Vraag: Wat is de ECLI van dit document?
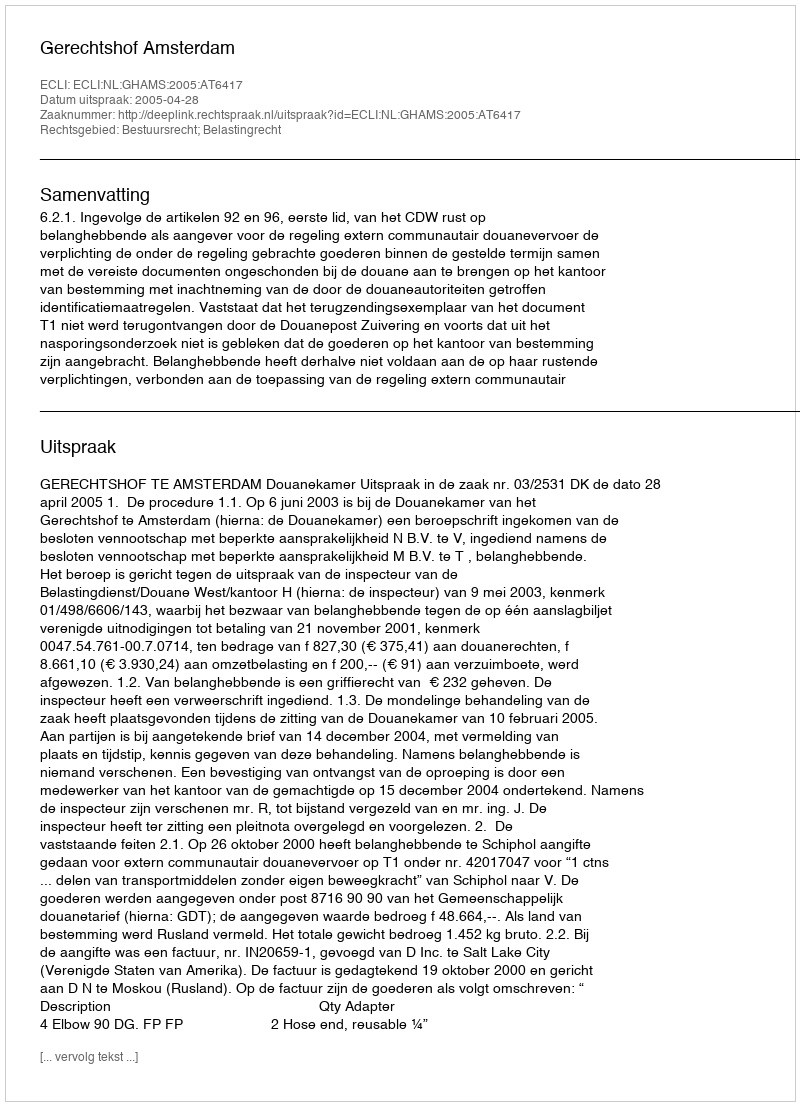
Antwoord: ECLI:NL:GHAMS:2005:AT6417